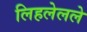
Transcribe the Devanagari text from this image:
लिहलेलले